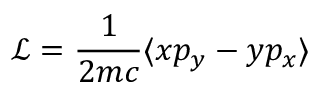
\mathcal { L } = \frac { 1 } { 2 m c } \langle { x p _ { y } - y p _ { x } \rangle }